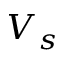
V _ { s }